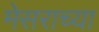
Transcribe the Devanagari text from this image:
मेसराच्या